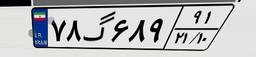
۷۸گ۶۸۹۹۱